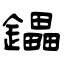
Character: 鑘